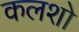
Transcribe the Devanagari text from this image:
कलशो